Tartu_pedagoogiumi_aruanded, lk 54
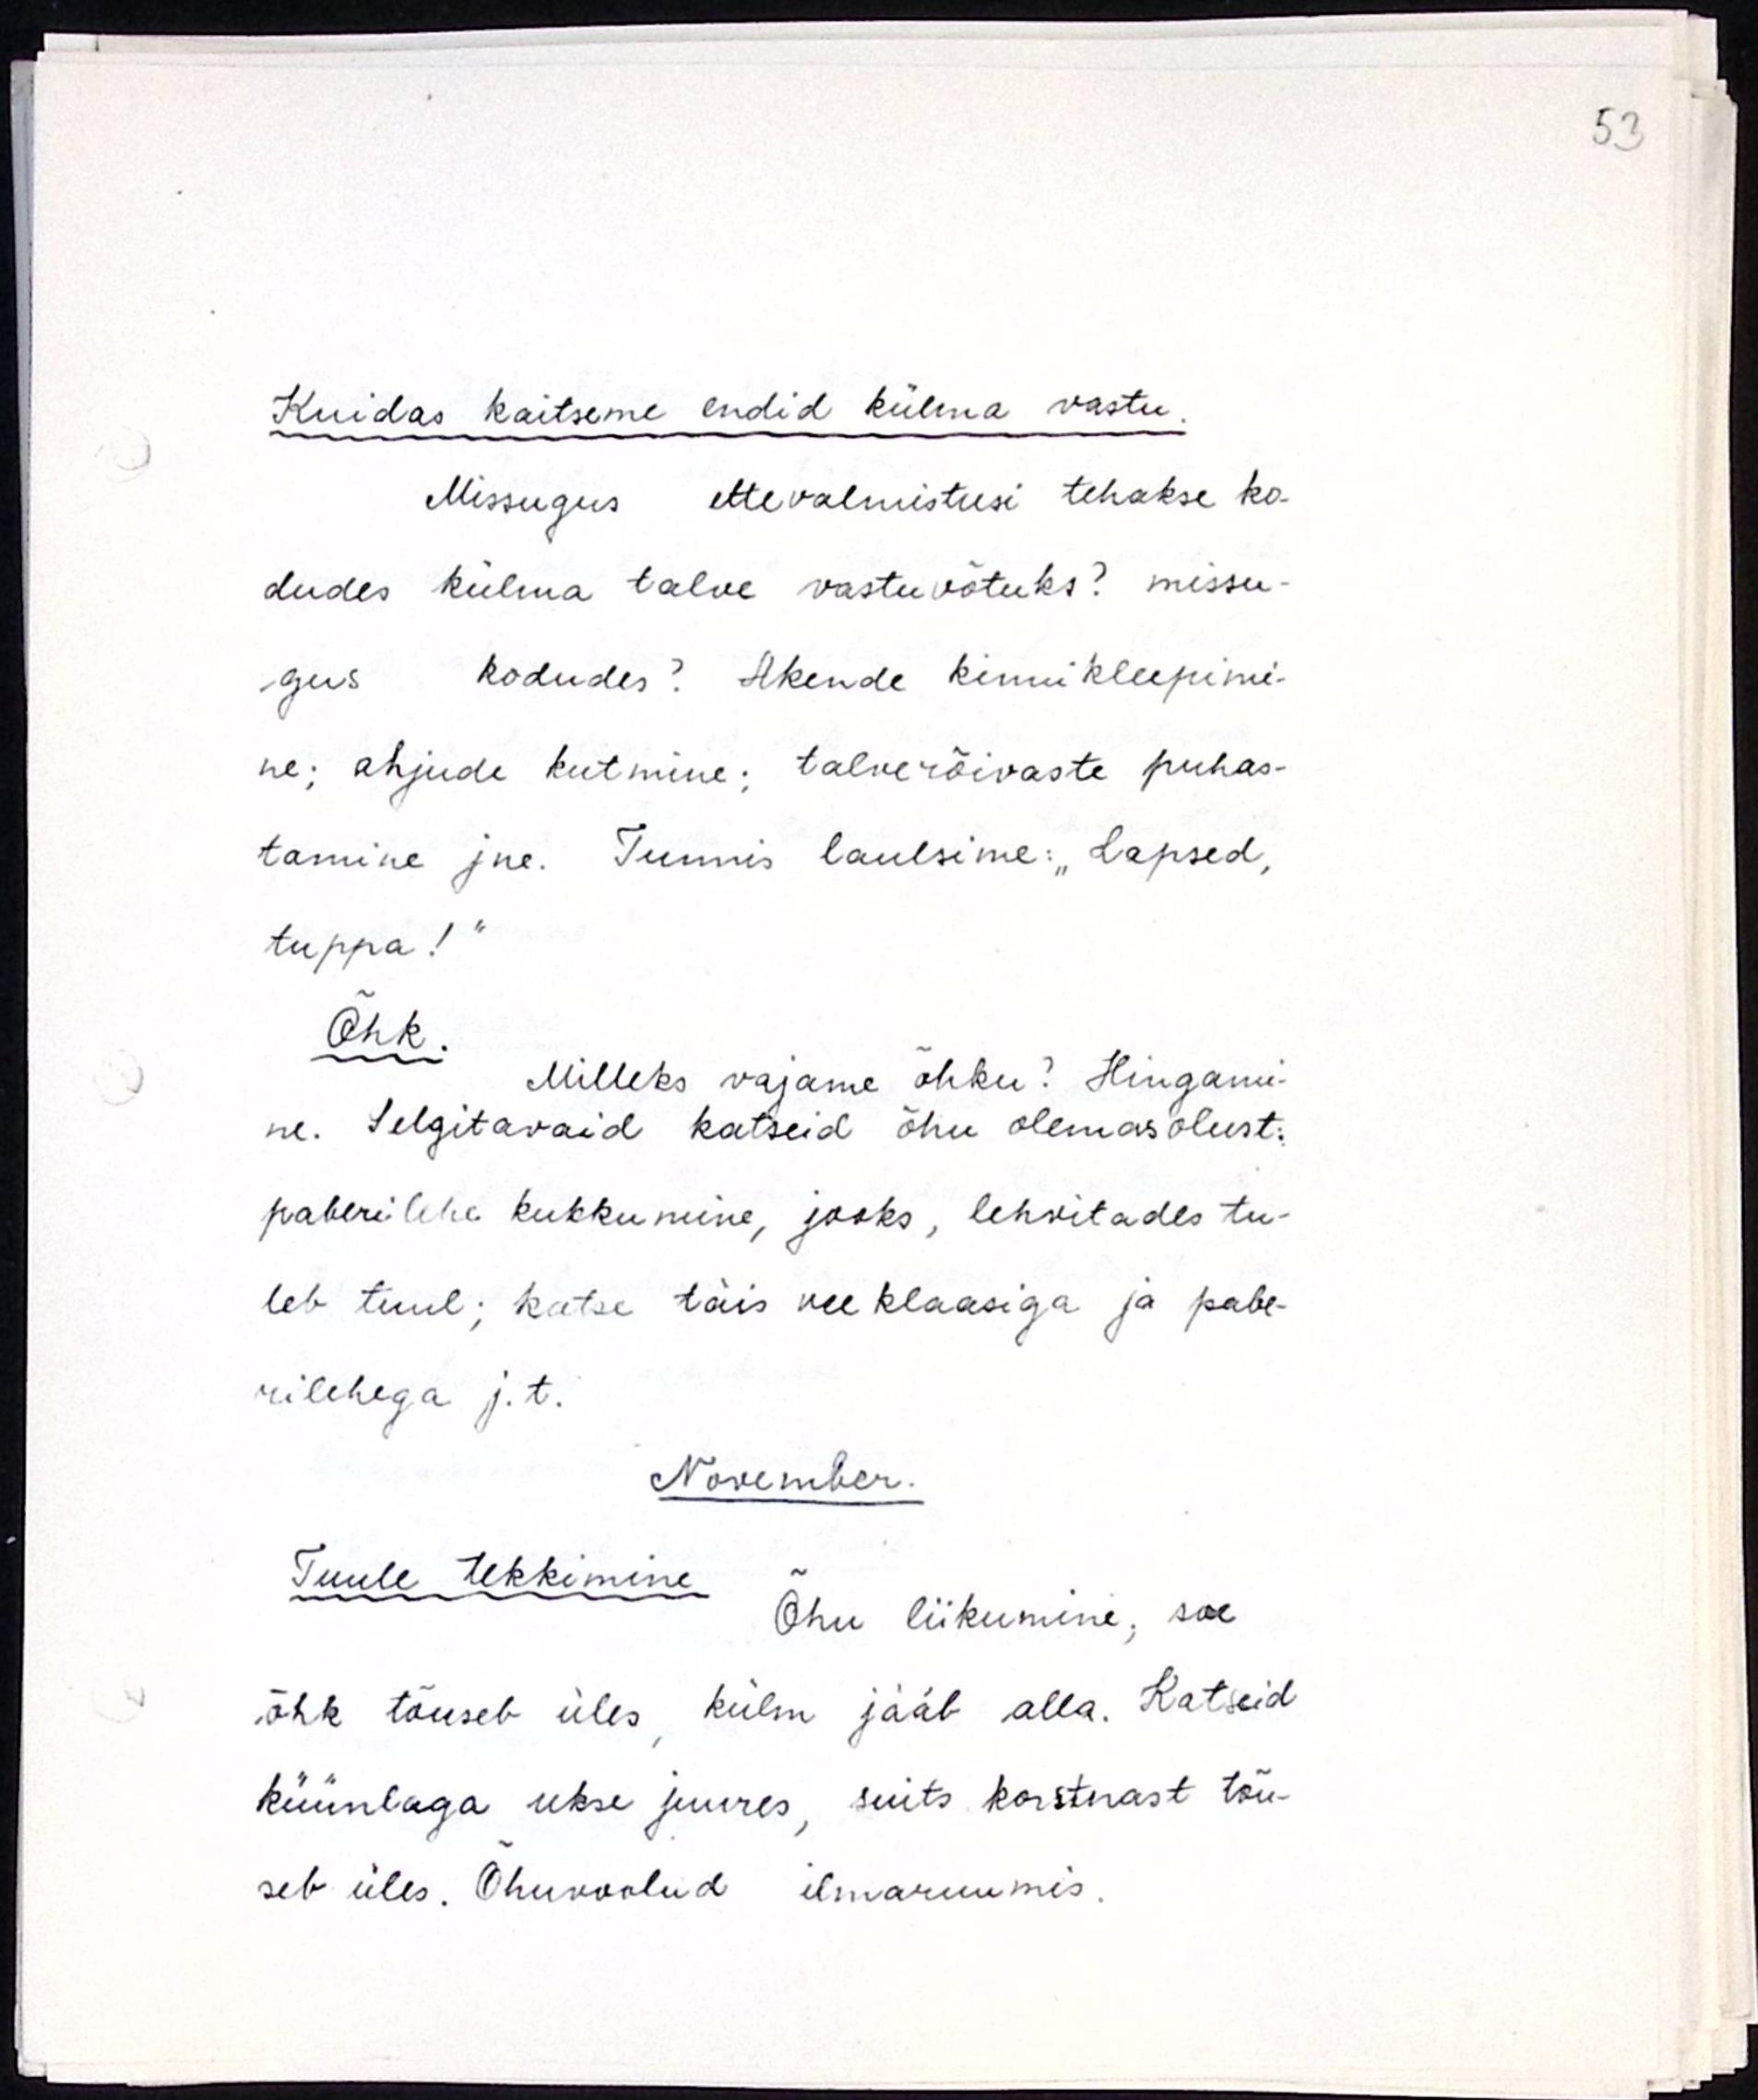
Kuidas kaitseme endid külma vastu.
Missugus ettevamistusi tehakse ko-
dudes külma talve vastuvõtuks? missu-
gus kodudes? Akende kinnikleepimi-
ne; ahjude kutmine; talverõivaste puhas-
tamine jne. Tunnis laulsime: "Lapsed,
tuppa!"
Õhk.
Milleks vajame õhku? Hingami-
ne. Selgitavaid katseid õhu olemasolust:
paberilehe kukkumine, jooks, lehvitades tu-
leb tuul; katse täis veeklaasiga ja pabe-
rilehega j.t.
November.
Tuule tekkimine.
Õhu liikumine, soe
õhk tõuseb üles, külm jääb alla. Katseid
küünlaga ukse juures, suits korstnast tõu-
seb üles. Õhuvoolud ilmaruumis.